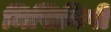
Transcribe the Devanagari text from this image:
मिसिनिपी